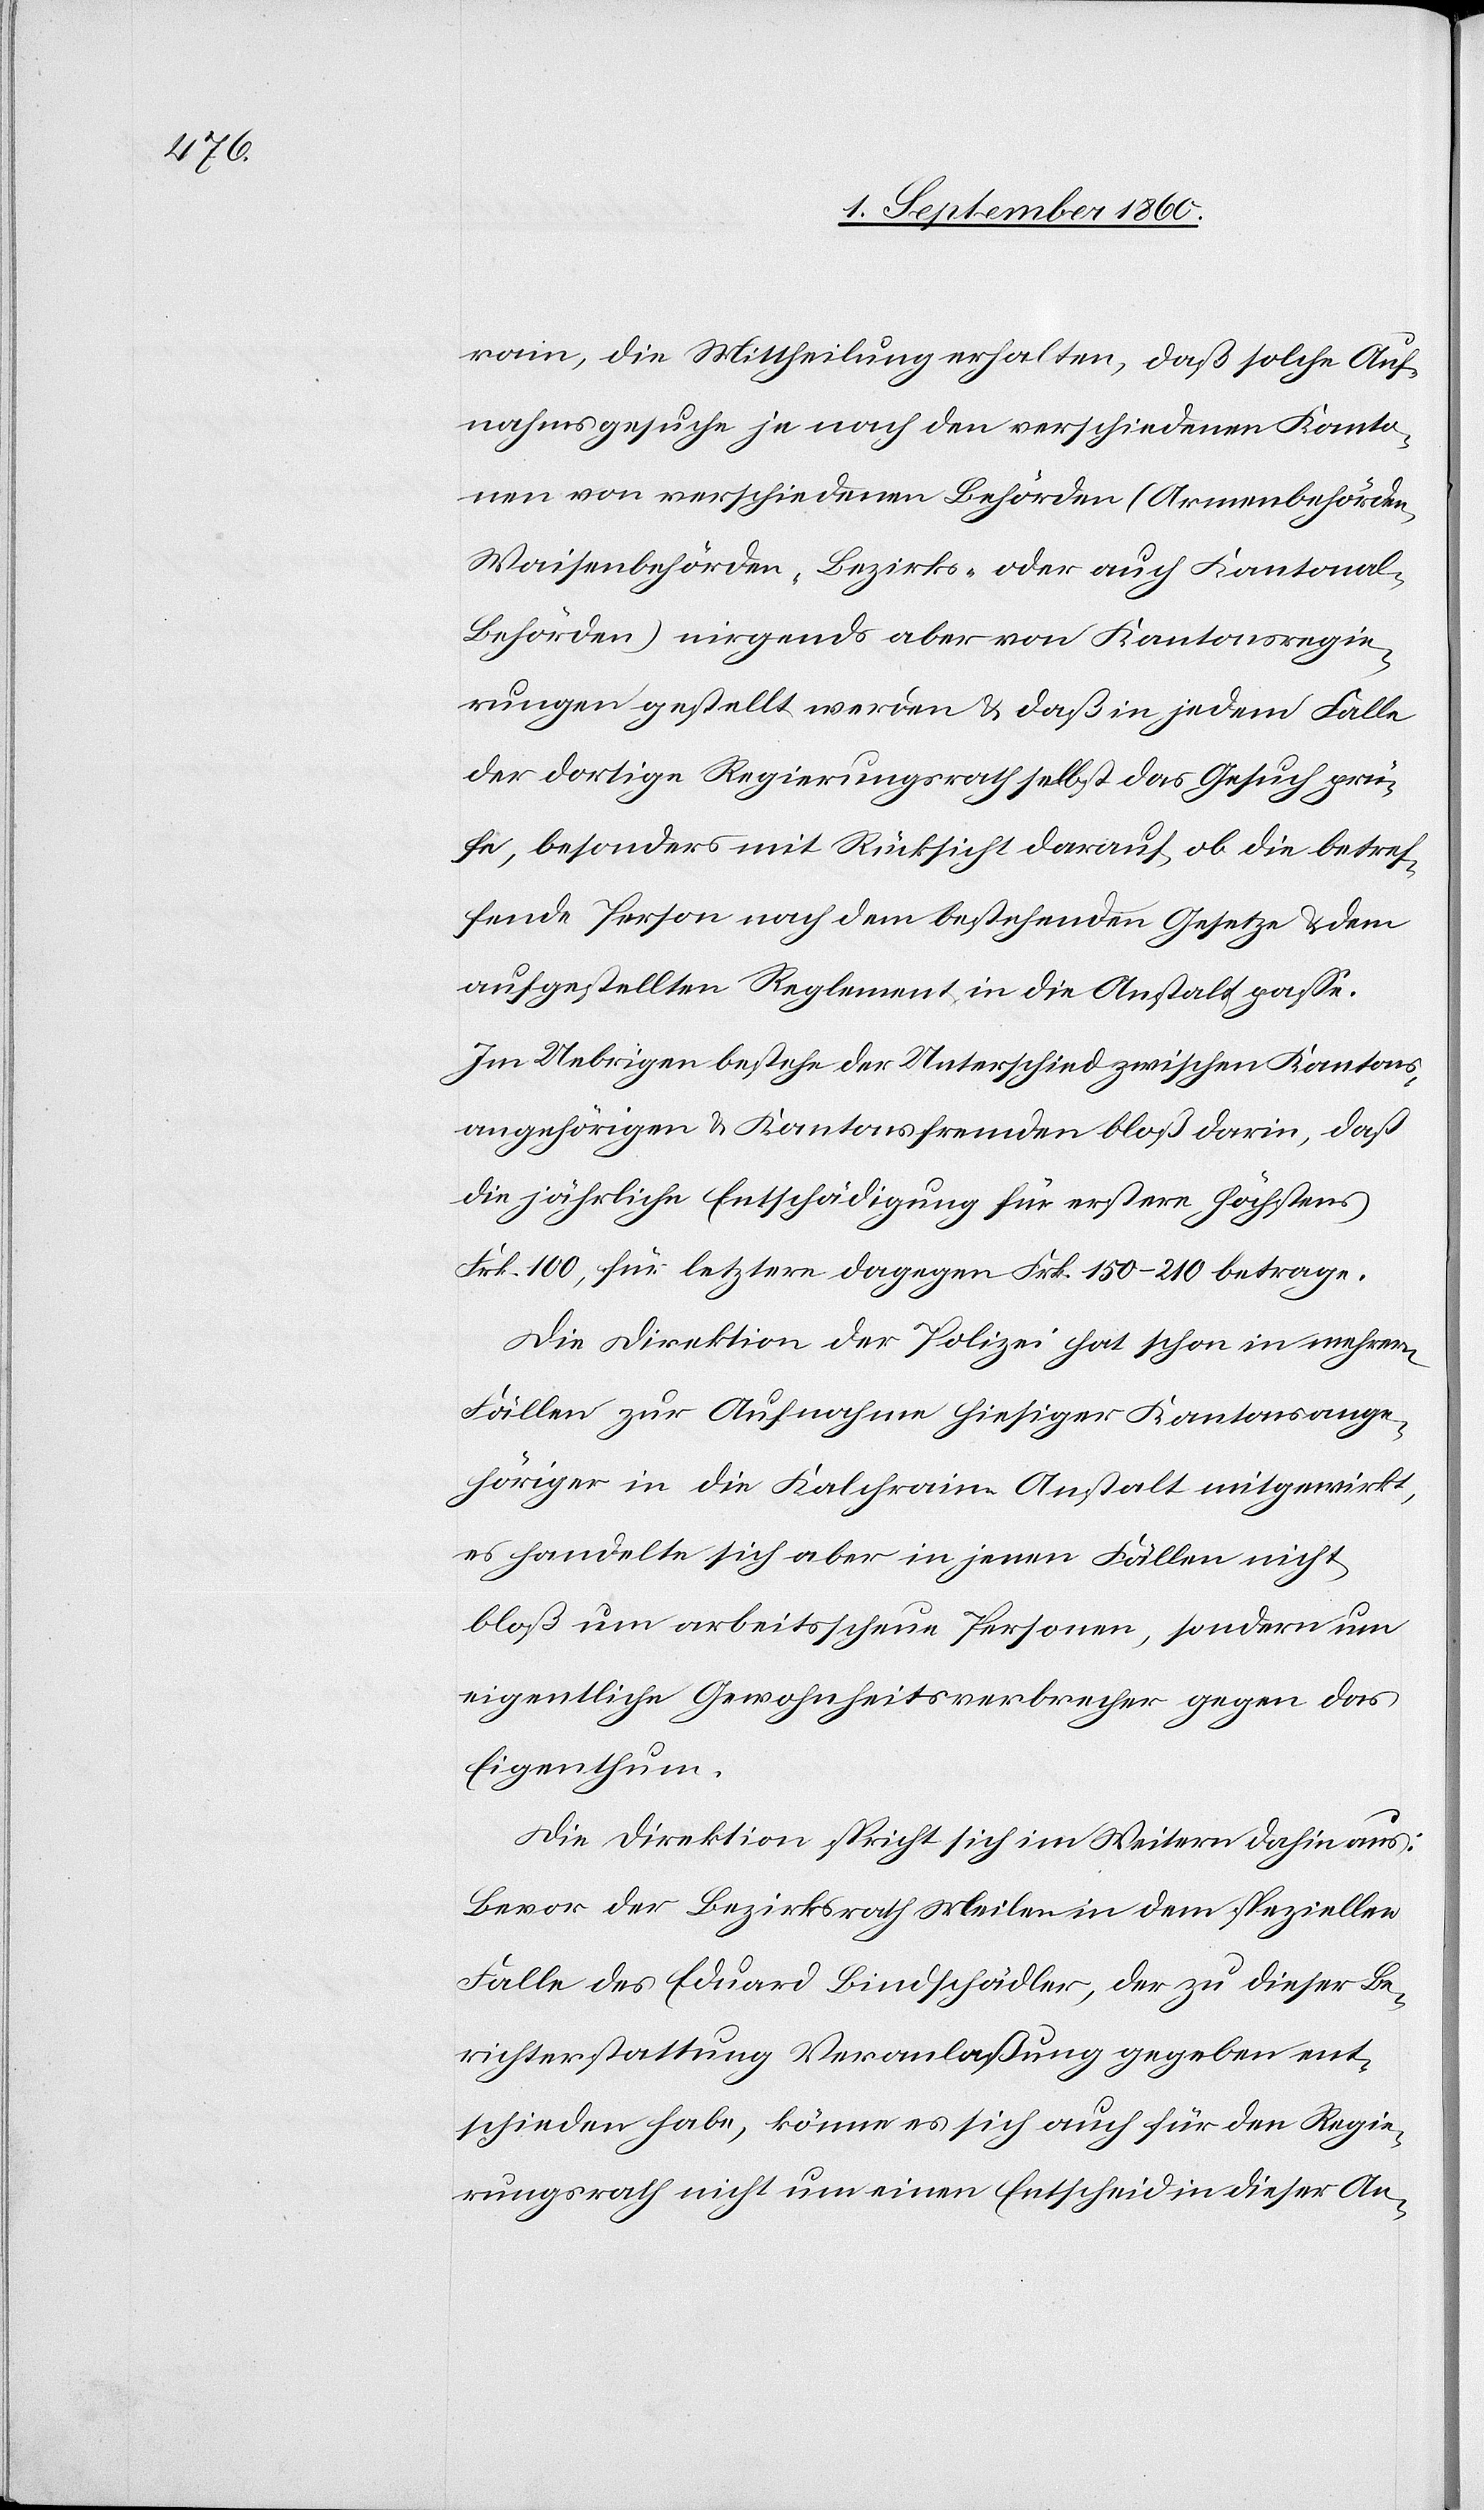
Kantonsregi¬

rain, die Mittheilung erhalten, dass solche Auf¬
nahmsgesuche je nach den verschiedenen Kanto¬
nen von verschiedenen Behörden [Armenbehörden,
Waisenbehörden, Bezirks- oder Kantonal-Behörden]
erungen gestellt werden, u. dass in jedem Falle
der dortige Regierungsrath selbst das Gesuch prü¬
fe, besonders mit Rücksicht darauf, ob die betref¬
fende Person nach dem bestehenden Gesetze u. dem
aufgestellten Reglement in die Anstalt passe.
Im Uebrigen bestehe der Unterschied zwischen Kantons¬
angehörigen u. Kantonsfremden bloss darin, dass
die jährliche Entschädigung für erstere höchstens
Die Direktion der Polizei hat schon in mehreren
Fällen zur Aufnahme hiesiger Kantonsange¬
höriger in die Kalchrain-Anstalt mitgewirkt,
es handelt sich aber in jenen Fällen nicht
bloss um arbeitsscheue Personen, sondern um
eigentliche Gewohnheitsverbrecher gegen das
Eigenthum.
Die Direktion spricht sich im Weitern dahin aus:
Bevor der Bezirksrath Meilen in dem speziellen
Falle des Eduard Bindschädler, der zu dieser Be¬
richterstattung die Veranlaßung gegeben, ent¬
schieden habe, könne es sich auch für den Regie¬
rungsrath nicht um einen Entscheid in dieser Ange-